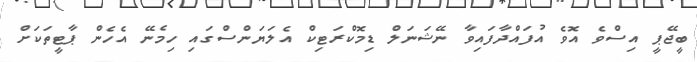
ބީޖޭޕީ އިސްވެ އޮވެ އުފައްދާފައިވާ ނޭޝަނަލް ޑިމޮކްރަޓިކް އެލަޔަންސްގައި ހިމެނޭ އެހެން ޕާޓީތަކަށް